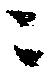
ニ